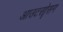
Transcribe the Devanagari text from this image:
आउटसोॄसग